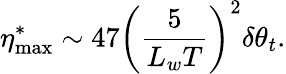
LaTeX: \eta_{\mathrm{max}}^{*}\sim 47\left(\frac{5}{L_{w}T}\right)^{2}\delta\theta_{t}.